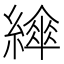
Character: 𦅮